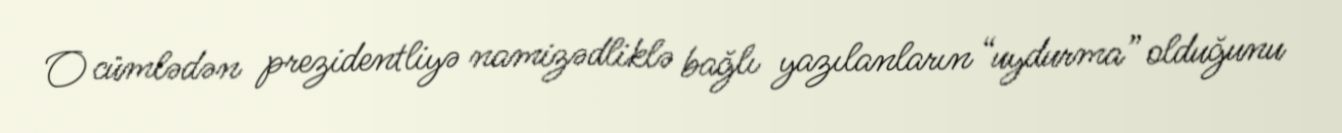
O cümlədən prezidentliyə namizədliklə bağlı yazılanların “uydurma” olduğunu